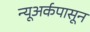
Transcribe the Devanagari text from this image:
न्यूअर्कपासून